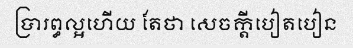
ប្រារព្ធល្អហើយ តែថា សេចក្តីបៀតបៀន